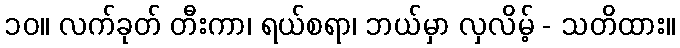
၁၀။ လက်ခုတ် တီးကာ၊ ရယ်စရာ၊ ဘယ်မှာ လှလိမ့် - သတိထား။